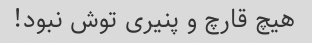
هیچ قارچ و پنیری توش نبود!